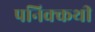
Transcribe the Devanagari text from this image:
पनिक्कथी